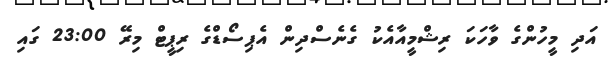
އަދި މީހުންގެ ވާހަކަ ރިޝްމީއާއެކު ގެނެސްދިން އެޕިސޯޑްގެ ރިޕީޓް މިރޭ 23:00 ގައި